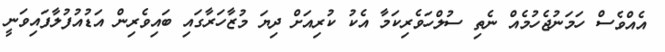
އެއްވެސް ހަމަނުޖެހުމެއް ނެތި ސުލްހަވެރިކަމާ އެކު ކުރިއަށް ދިޔަ މުޒާހަރާގައި ބައިވެރިން އަޑުއުފުލާފައިވަނީ